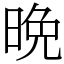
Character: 晩